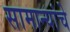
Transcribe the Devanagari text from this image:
सामान्यांचे